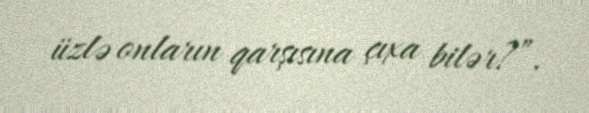
üzlə onların qarşısına çıxa bilər?”.